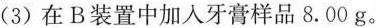
(3)在B装置中加入牙膏样品8.00g。